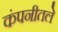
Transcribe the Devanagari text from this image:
कंपनीतले